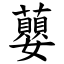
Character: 蘡